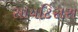
સાયટિસસ